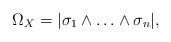
LaTeX: \begin{align*} \Omega_X = |\sigma_1\wedge \ldots \wedge \sigma_n| ,\end{align*}